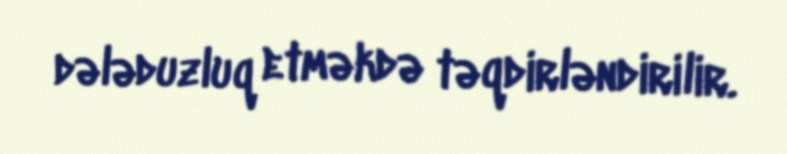
dələduzluq etməkdə təqdirləndirilir.